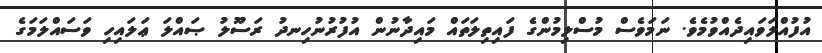
އުފުއްލަވައިދެއްވުމެވެ. ނަމަވެސް މުސްލިމުންގެ ފައިތިލަތައް މައިދާނުން އުފުރުނުހިނދު ރަސޫލު ޞައްލަ ޢަލައިހި ވަސައްލަމަގެ